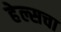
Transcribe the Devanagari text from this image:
हेल्सचा